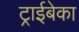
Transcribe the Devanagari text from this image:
ट्राईबेका